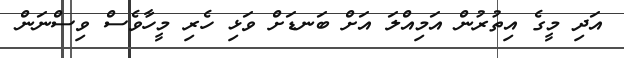
އަދި މީގެ އިތުރުން އަމިއްލަ އަށް ބަނޑަށް ވަޅި ހެރި މީހާވެސް ވިސްނަން